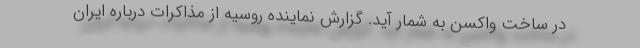
در ساخت واکسن به شمار آید. گزارش نماینده روسیه از مذاکرات درباره ایران